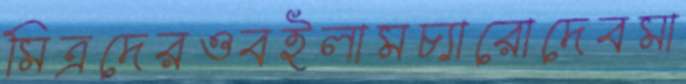
মিত্রদেরওবইলামচ্যারোদেবমা